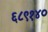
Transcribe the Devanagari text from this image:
६८९१४०